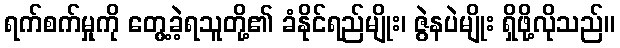
ရက်စက်မှုကို တွေ့ခဲ့ရသူတို့၏ ခံနိုင်ရည်မျိုး၊ ဇွဲနပဲမျိုး ရှိဖို့လိုသည်။